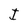
Character: J